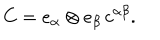
C = e _ { \alpha } \otimes e _ { \beta } \, c ^ { \alpha \beta } .